Civil Veterinary Dept. Assam report 1927-50 - 1927-1950
Year: 1927
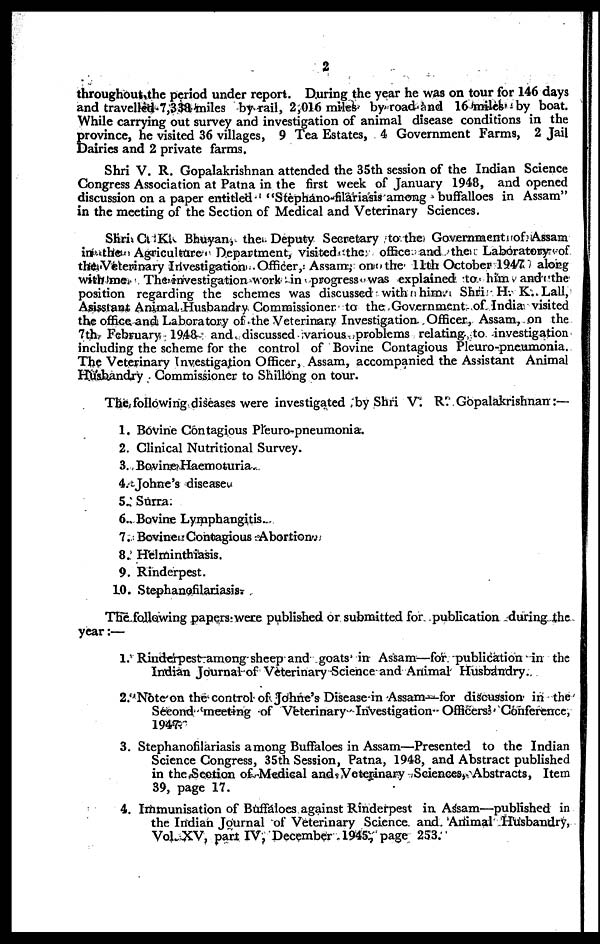
2
throughout, the period under report. During the year he was on tour for 146 days
and travelled 7,338 miles by rail, 2,016 miles by road and 16 miles by boat.
While carrying out survey and investigation of animal disease conditions in the
p rovince, he visited 36 villages, 9 Tea Estates, 4 Government Farms, 2 Jail
Dairies and 2 private farms.
Shri V. R. Gopalakrishnan attended the 35th session of the Indian Science
Congress Association at Patna in the first week of January 1948, and opened
discussion on a paper entitled "Stephano-filariasis among buffalloes in Assam"
in the meeting of the Section of Medical and Veterinary Sciences.
Shri C. K. Bhuyan, the Deputy Secretary to the Government of Assam
in the Agriculture Department, visited the office and the Laboratory of
the Veterinary Investigation Officer, Assam, on the 11th October 1947 along
with me The investigation work in progress was explained to him and the
position regarding the schemes was discussed with him. Shri H. K. Lall,
Asisstant Animal Husbandry Commissioner to the Government of India visited
the office and Laboratory of the Veterinary Investigation Officer, Assam, on the
7th February 1948 and discussed various problems relating to investigation
including the scheme for the control of Bovine Contagious Pleuro-pneumonia.
The Veterinary Investigation Officer, Assam, accompanied the Assistant Animal
Husbandry Commissioner to Shillong on tour.
The following diseases were investigated by Shri V. R. Gopalakrishnan:—
1. Bovine Contagious Pleuro-pneumonia.
2. Clinical Nutritional Survey.
3. Bovine Haemoturia
4. Johne's disease.
5 Surra
6. Bovine Lymphangitis.
7. Bovine Contagious Abortion
8. Helminthiasis.
9. Rinderpest.
10. Stephanofilariasis.
The following papers were published or submitted for publication during the
year:—
1. Rinderpest among sheep and goats in Assam—for publication in the
Indian Journal of Veterinary Science and Animal Husbandry.
2. Note on the control of Johne's Disease in Assam—for discussion in the
Second meeting of Veterinary Investigation Officers' Conference,
1947.
3. Stephanofilariasis among Buffaloes in Assam—Presented to the Indian
Science Congress, 35th Session, Patna, 1948, and Abstract published
in the Section of Medical and Veterinary Science, Abstracts, Item
39, page 17.
4. Immunisation of Buffaloes against Rinderpest in Assam—published in
the Indian Journal of Veterinary Science and Animal Husbandry,
Vol. XV, pari IV, December 1945, page 253.